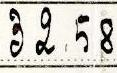
32.58